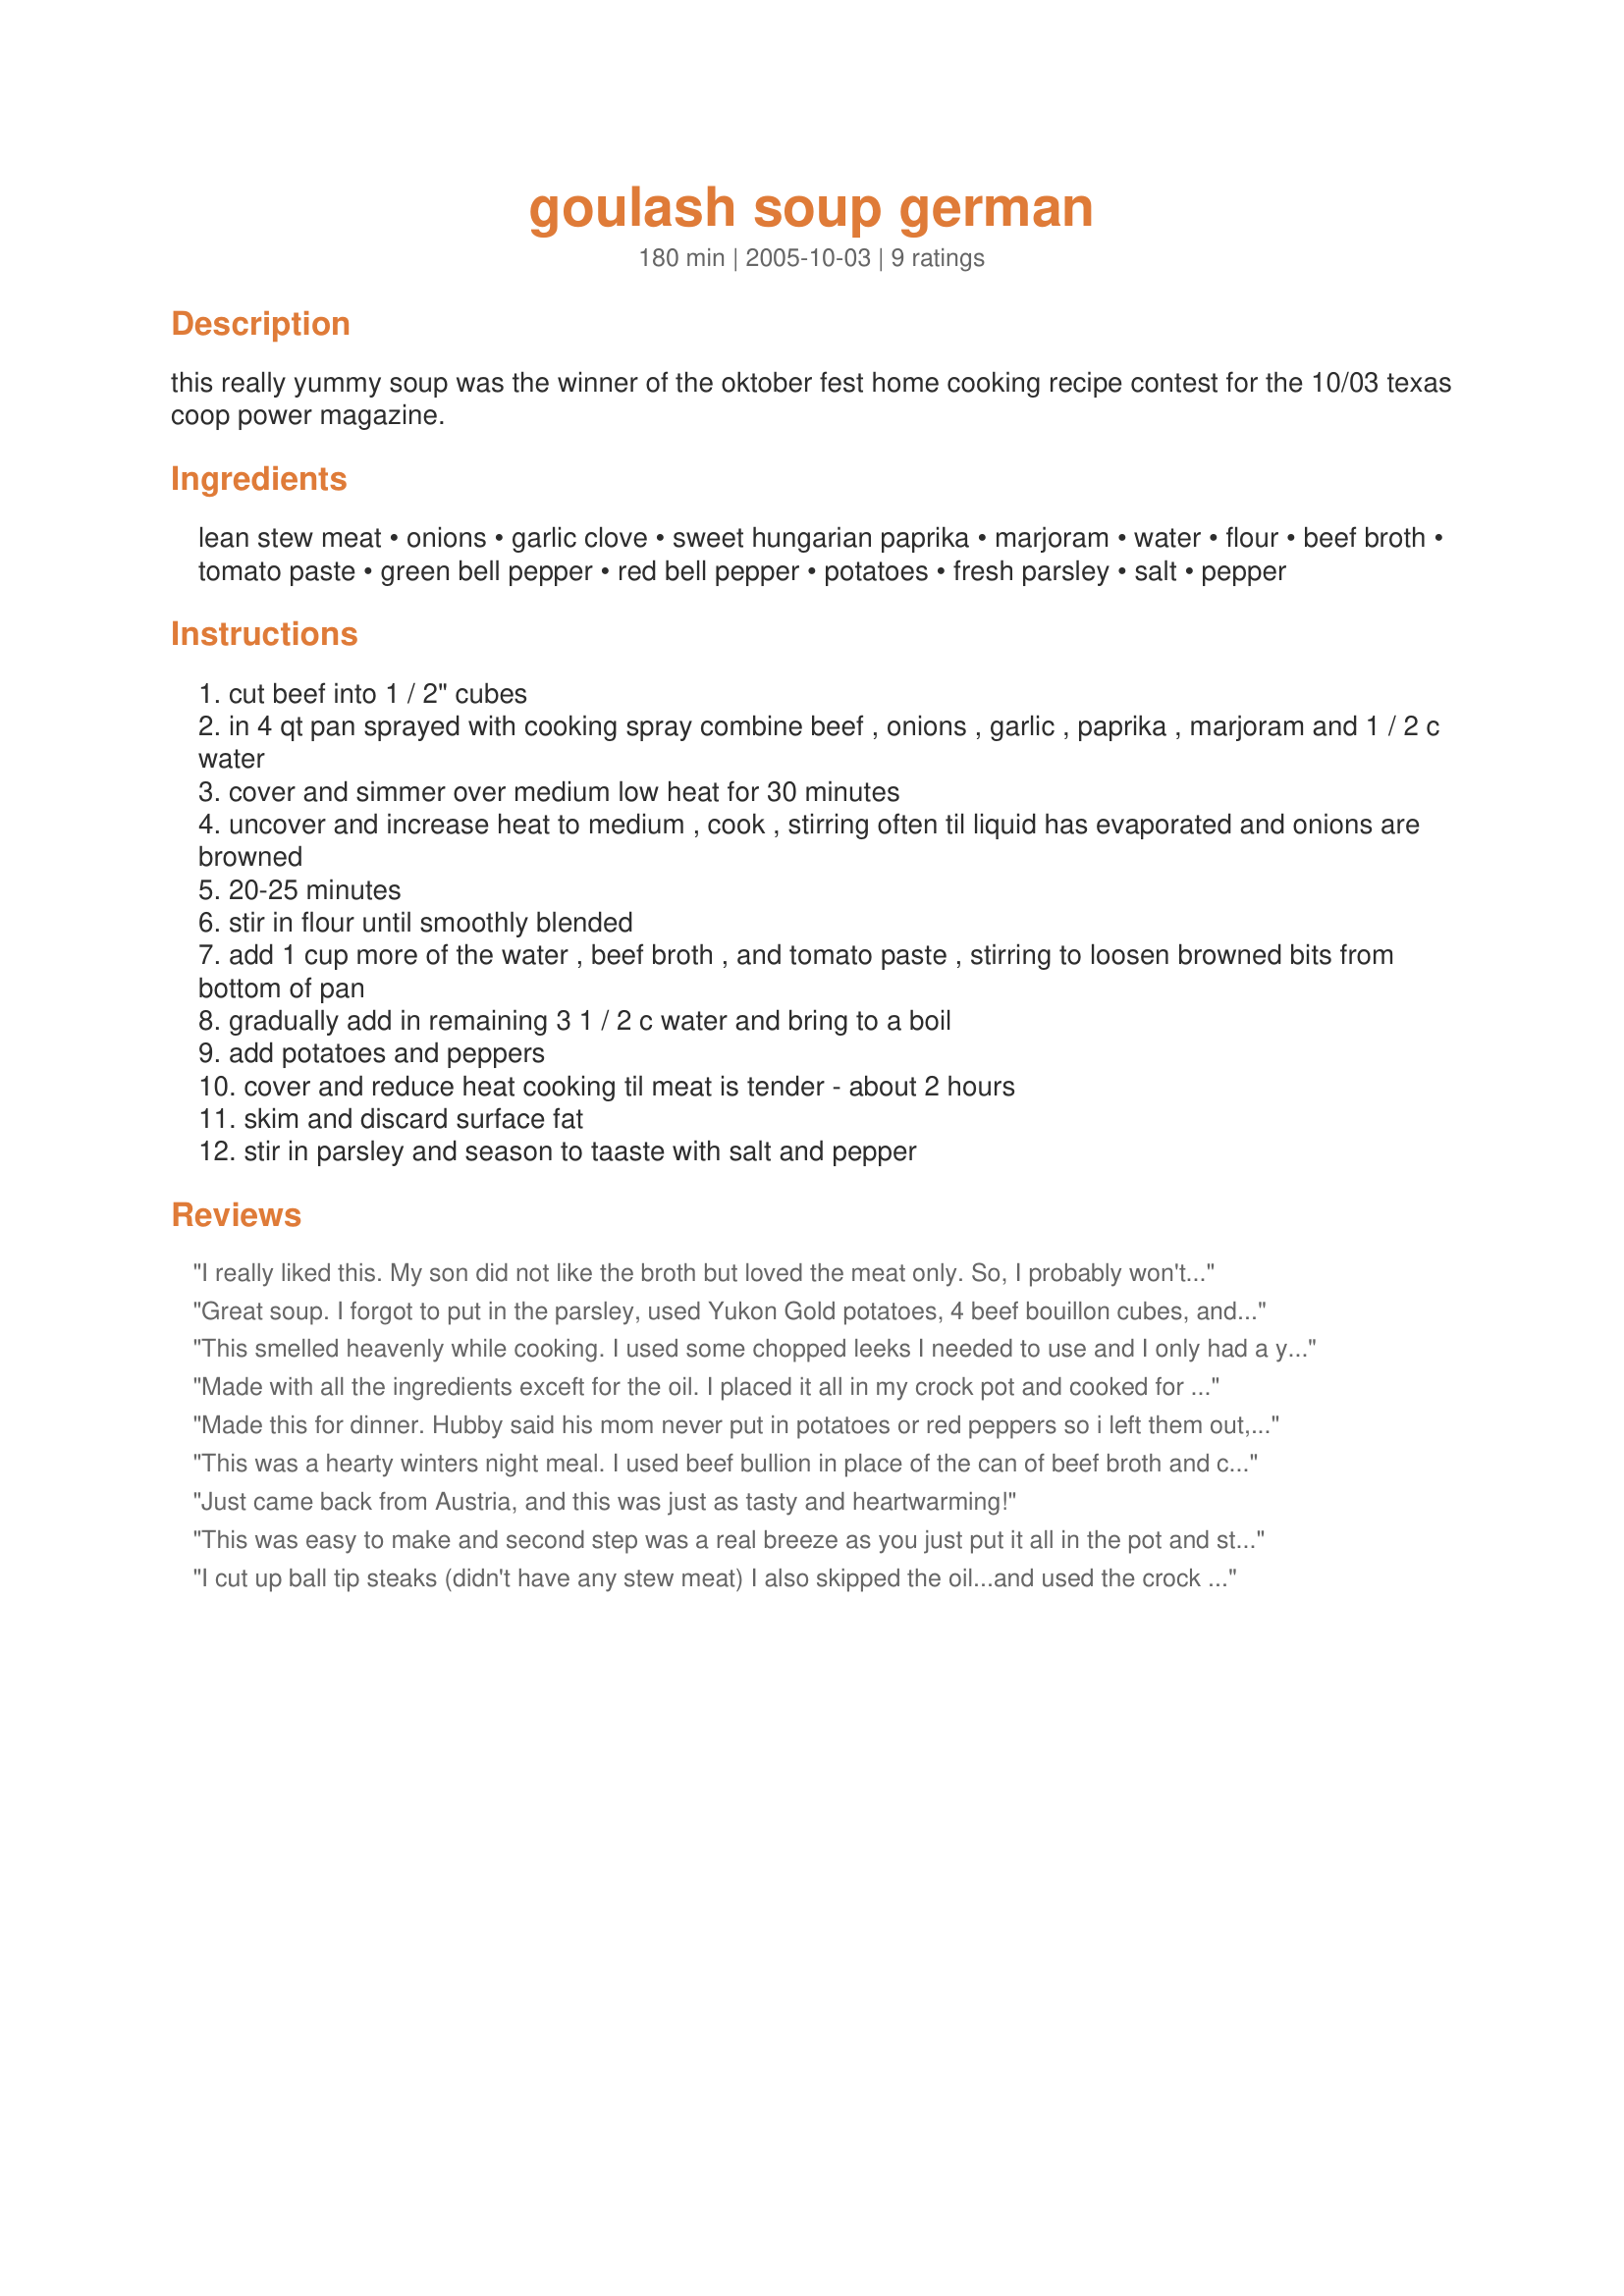
goulash soup german
Preparation time: 180 minutes

this really yummy soup was the winner of the oktober fest home cooking recipe contest for the 10/03 texas coop power magazine.

Ingredients:
lean stew meat, onions, garlic clove, sweet hungarian paprika, marjoram, water, flour, beef broth, tomato paste, green bell pepper, red bell pepper, potatoes, fresh parsley, salt, pepper

Steps:
cut beef into 1 / 2" cubes
in 4 qt pan sprayed with cooking spray combine beef , onions , garlic , paprika , marjoram and 1 / 2 c water
cover and simmer over medium low heat for 30 minutes
uncover and increase heat to medium , cook , stirring often til liquid has evaporated and onions are browned
20-25 minutes
stir in flour until smoothly blended
add 1 cup more of the water , beef broth , and tomato paste , stirring to loosen browned bits from bottom of pan
gradually add in remaining 3 1 / 2 c water and bring to a boil
add potatoes and peppers
cover and reduce heat cooking til meat is tender - about 2 hours
skim and discard surface fat
stir in parsley and season to taaste with salt and pepper

Reviews:
I really liked this. My son did not like the broth but loved the meat only. So, I probably won't get to make this again for some time.
Great soup. I forgot to put in the parsley, used Yukon Gold potatoes, 4 beef bouillon cubes, and added a little sugar. I love soup, and this one is a new favorite. My daughter who does not like peppers declared she liked this soup and even asked for seconds, even when she knew she was eating peppers. This recipe also gave me an opportunity to use the marjoram in my spice collection before it got too dusty!
This smelled heavenly while cooking. I used some chopped leeks I needed to use and I only had a yellow pepper. I also had some beef stock on hand so I used that along with the water. Very nice soup. :)
Made with all the ingredients exceft for the oil. I placed it all in my crock pot and cooked for 3 hours on low! Very comforting!
Made this for dinner. Hubby said his mom never put in potatoes or red peppers so i left them out, I think they would have been good. Served over egg noodles. We both really lliked this! I've never had goulash before but hubby grew up eating it. Thanks!
This was a hearty winters night meal. I used beef bullion in place of the can of beef broth and couldn't resist adding some hot paprika. YUM!
Reviewed for ZWT3
Just came back from Austria, and this was just as tasty and heartwarming!
This was easy to make and second step was a real breeze as you just put it all in the pot and started it cooking. So this gave me time to make a salad to go with it. My daughter just tore the parsley and put it in, next time I think we'll cut it up very fine. Thank you for posting. Made for Zaar World Tour 2006
I cut up ball tip steaks (didn't have any stew meat) I also skipped the oil...and used the crock pot! I used several small red potatoes..and got home from work to a wonderful..fragrant soup!! We loved it!!
